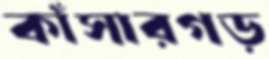
কাঁসারগড়